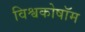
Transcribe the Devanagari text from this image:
विश्वकोषॉम